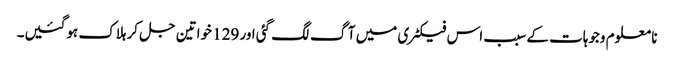
نا معلوم وجوہات کے سبب اس فیکٹری میں آگ لگ گئی اور 129 خواتین جل کر ہلاک ہوگئیں۔